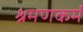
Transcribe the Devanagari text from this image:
श्रमणकर्म